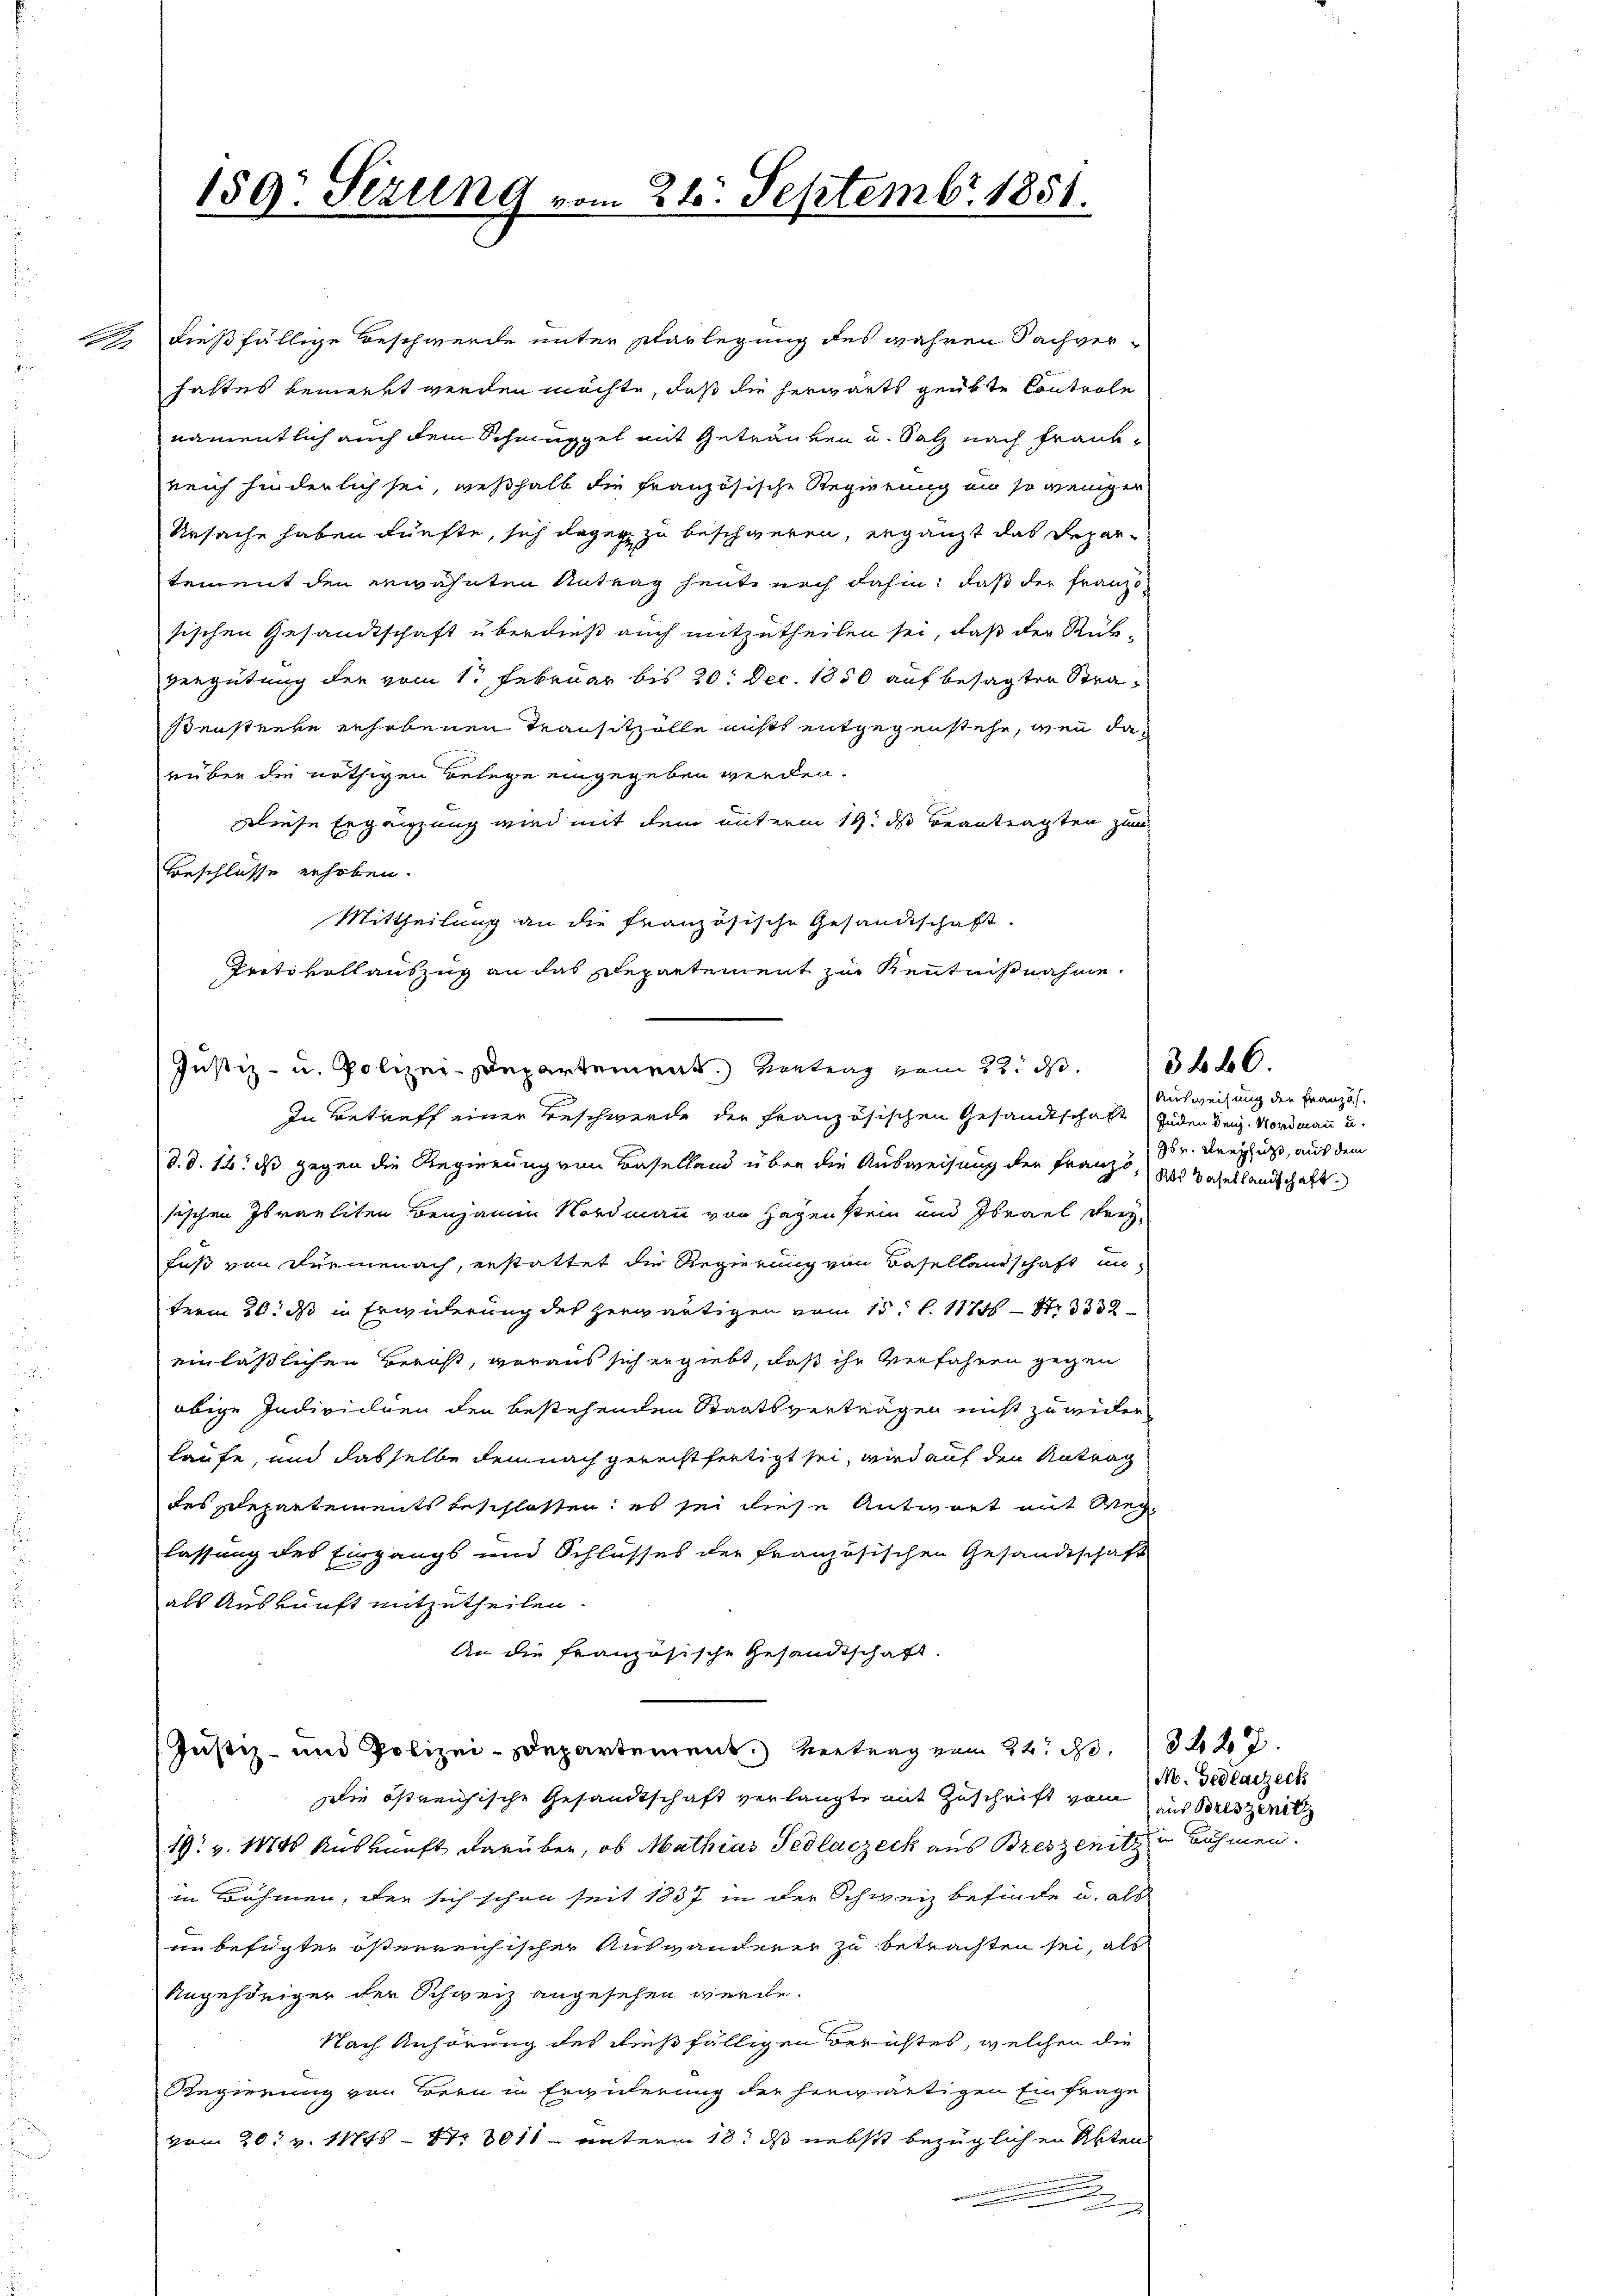
a

150. Sezung vom 21. Septembr. 1851.

dießfällige Beschwerde unter Parlegung des wahren Sachver-
hattes bemerkt werden möchte, daß die herwärts geübte Controle
namentlich auch dem Schmüppel mit Getränken u. Salz nach Frankreich hinderlich sei, weßhalb die französische Regierung und so weniger
Ursache haben dürfte, sich dageg zu beschweren, ergänzt das Departement den erwähnten Antrag heute noch dahin, daß der Franzo
sischen Gesandtschaft überdieß auch mitzutheilen sei, daß der Rück-
vergütung der vom 1. Februar bis 20. Dec. 1850 auf besagten Straßenstente erhobenen Transitzolle nicht entgegenstehe, wenn darüber die nöthigen Belege eingegeben werden.
iese Ergänzung wird mit dem unterm 19. ds Beantragten zum
Beschlüsse erhoben.
Mittheilung an die französische Gesandtschaft.
Protokollauszug an das Departement zur Kenntnißnahme.
In Betreff einer Beschwerde der französischen Gesandtschaft jeden Seiz. Nordmann u.
d. d. 16. ds gegen die Regierung von Baselland über die Ausweisung der Franz, das Basellandschaft
sischen Israeliten Benjamin Nordmann von Hagenstein und Israel Freyfuß von Fürmenach, erstattet die Regierung von Basellandschaft unterm 30. ds in Erwiderung des herwärtigen vom 15t l. 117 S. 3332
einläßlichen Beruht, woraus sich ergiebt, daß ihr Verfahren gegen
obige Indiviclien den bestehenden Staatsverträgen nicht zu weilen
Laufe, und dasselbe demnach gerechtfertigt sei, wird auf den Antrag
des Departements beschlossen: es sei diese Antwort mit Weglassung des Eingangs und Schlusses der französischen Gesandtschaft
als Auskunft mitzutheilen.
An die französische Gesandtschaft.
Justiz- und Polizei-Departement. Vertrag von 24. d.
Die östreichische Gesandtschaft verlangte mit Zuschrift vom in Breszenich
19. v. 1888 Auskunft darüber, ob Mathias Tedlaczeck aus Breszenitz in Böhmen.
in Böhmen, der sich schon seit 1837 in der Schweiz befinde u. als
in befügter österreichischer Auswanderer zu betrachten sei, als
Angehöriger der Schweiz angesehen werde.
Nach Anhörung des dießfälligen Berichtes, welchen die
Regierung von Bern in Erwiderung der herwärtigen Einfrage
vom 20. v. 11745 - No 3011 unterm 18t ds nebst bezüglichen Akten
.

Justiz- u. Polizei-Departement. Eintrag vom 22. ds.

Ausweisung der Französ.
sr. Neupfuß, aus dem

346.

3427.
M. Gedearzeck